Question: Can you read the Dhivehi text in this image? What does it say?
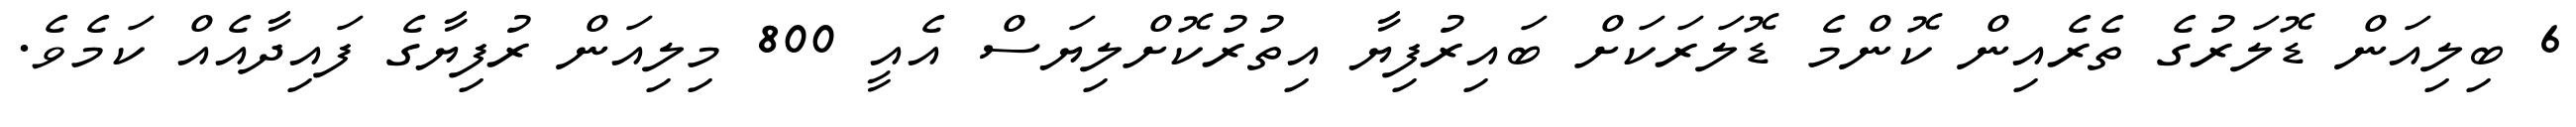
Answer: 6 ބިލިއަން ޑޮލަރުގެ ތެރެއިން ކޮންމެ ޑޮލަރަކަށް ބައިރުފިޔާ އިތުރުކޮށްލިޔަސް އެއީ 800 މިލިއަން ރުފިޔާގެ ފައިދާއެއް ކަމެވެ.